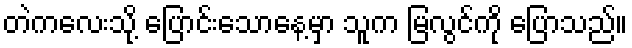
တဲကလေးသို့ ပြောင်းသောနေ့မှာ သူက မြလွင်ကို ပြောသည်။